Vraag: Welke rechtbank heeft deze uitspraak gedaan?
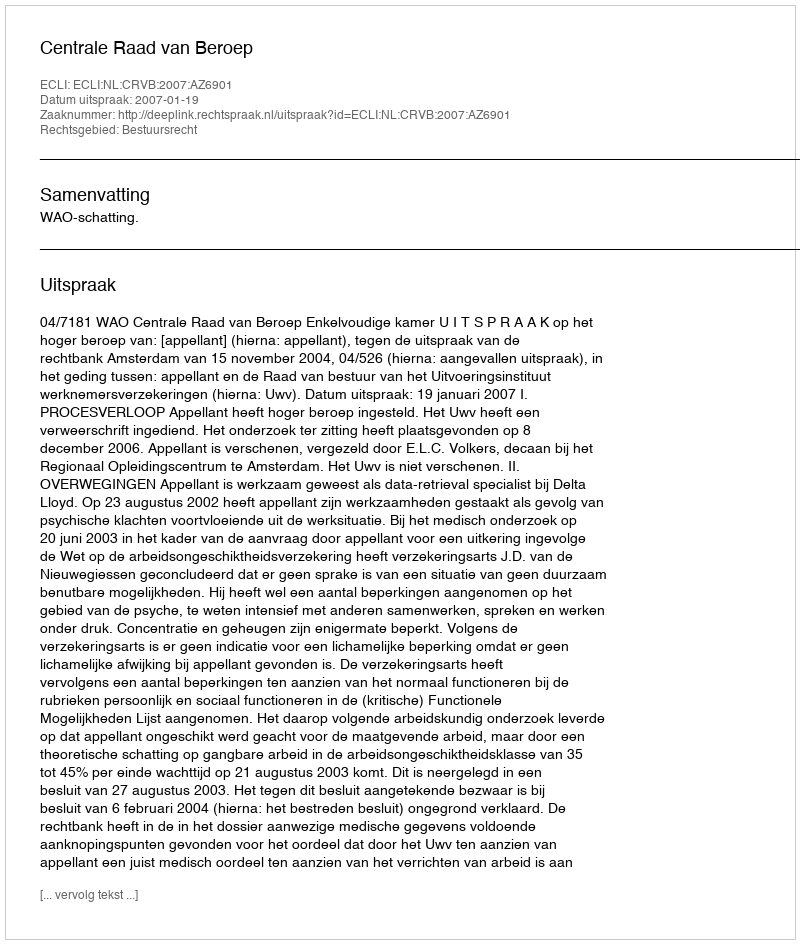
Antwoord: Centrale Raad van Beroep